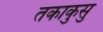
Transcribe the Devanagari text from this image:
तकाकुसु